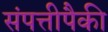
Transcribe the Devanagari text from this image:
संपत्तीपैकी